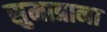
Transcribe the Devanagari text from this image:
सुमात्राना